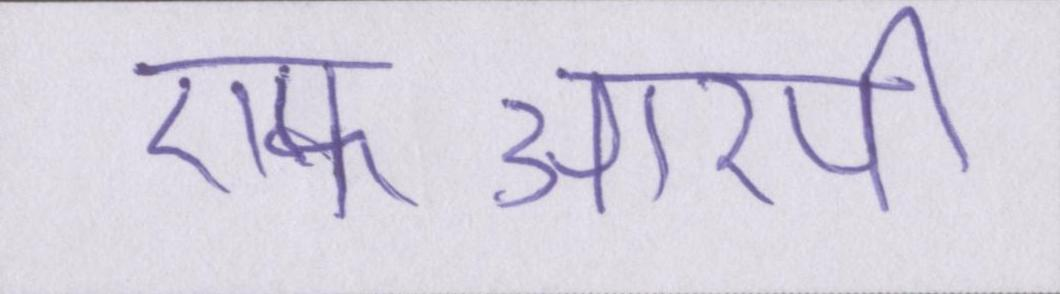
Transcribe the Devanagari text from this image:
एफआरपी